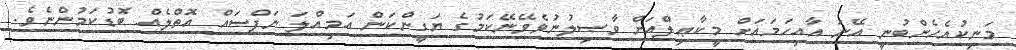
މަނިކުއެހެންބުނީ އޭނަ އާއިހަމައަށް މީކާޢިލްއަށް ވާޞިލުނުވެވޭނޭކަމުގެ ޔަގީންކަން އަމިއްލަ ނަފްސައް އޮތްލެއް ބޮޑުކަމުންނެވެ.